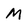
Character: M